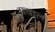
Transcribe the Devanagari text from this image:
मवाल